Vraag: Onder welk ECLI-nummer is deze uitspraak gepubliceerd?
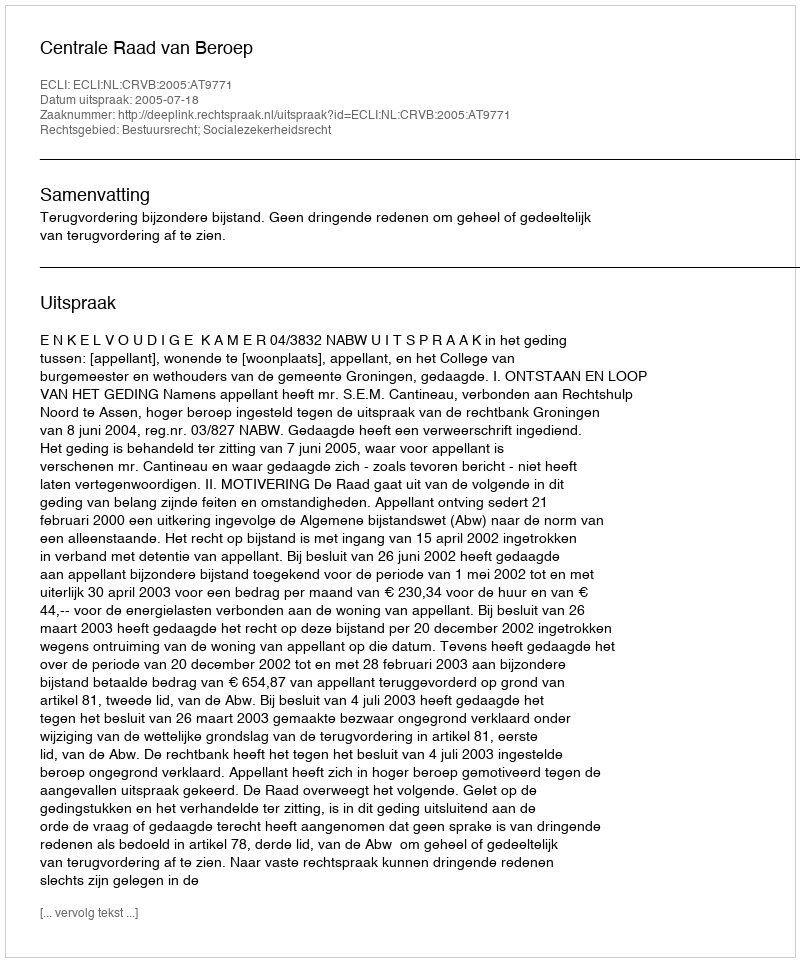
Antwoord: ECLI:NL:CRVB:2005:AT9771